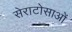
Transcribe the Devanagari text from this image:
सेराटोसाओं